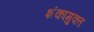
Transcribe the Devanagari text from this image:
शंकामुक्त